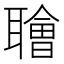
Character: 𫆑